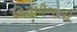
વિરોધીભાષી